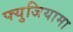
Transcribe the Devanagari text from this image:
फ्युजियामा